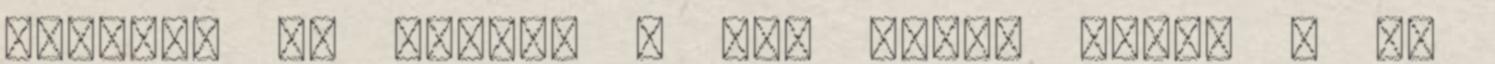
svédben is megvan : har ingen stake ; és